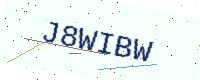
Text: J8WIBW